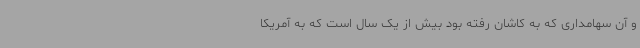
و آن سهامداری که به کاشان رفته بود بیش از یک سال است که به آمریکا